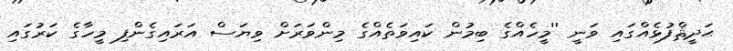
ޙަދީޘްފުޅެއްގައި ވަނީ ''މީހެއްގެ ބިމުން ކައިވަތެއްގެ މިންވަރަށް ވިޔަސް އަރައިގެންފި މީހާގެ ކަރުގައި